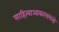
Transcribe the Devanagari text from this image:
साहित्याआकाशमलो